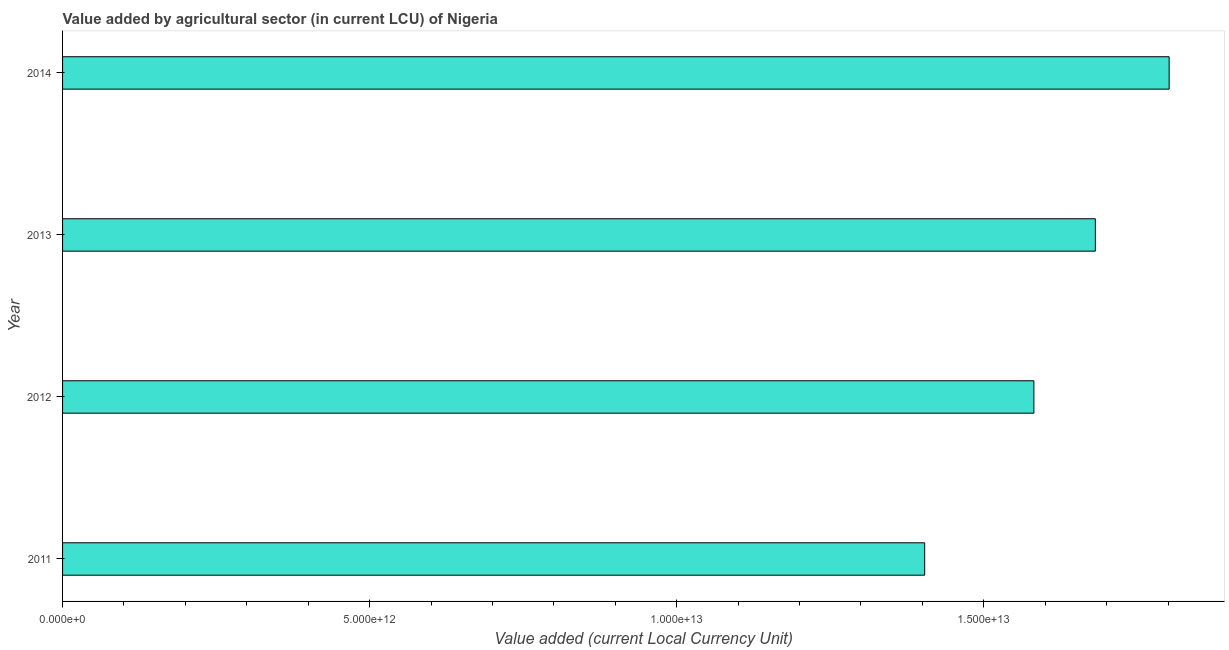
| Year | Agriculture |
 | --- | --- |
 | 2011 | 1.4e+13 |
 | 2012 | 1.58e+13 |
 | 2013 | 1.68e+13 |
 | 2014 | 1.8e+13 |